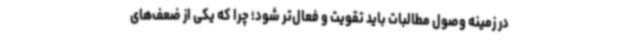
در زمینه وصول مطالبات باید تقویت و فعال‌تر شود؛ چرا که یکی از ضعف‌های